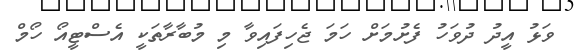
ވަޅު އީދު ދުވަހު ފެށުމަށް ހަމަ ޖެހިފައިވާ މި މުބާރާތަކީ އެސްޓީއޯ ހޯމް